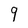
Character: 9